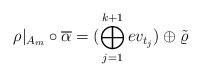
LaTeX: \begin{align*}\rho|_{A_m}\circ \overline{\alpha} = (\bigoplus_{j=1}^{k+1}ev_{t_j})\oplus\tilde\varrho\end{align*}